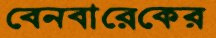
বেনবারেকের